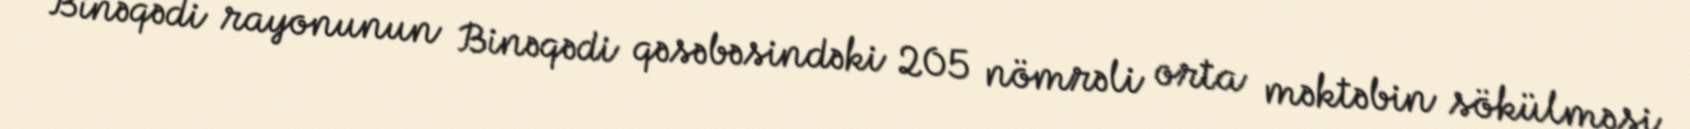
Binəqədi rayonunun Binəqədi qəsəbəsindəki 205 nömrəli orta məktəbin sökülməsi